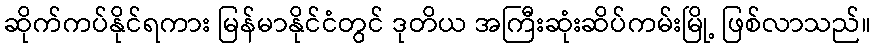
ဆိုက်ကပ်နိုင်ရကား မြန်မာနိုင်ငံတွင် ဒုတိယ အကြီးဆုံးဆိပ်ကမ်းမြို့ ဖြစ်လာသည်။